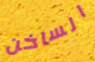
الساخن